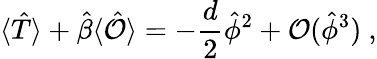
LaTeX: \langle\hat{T}\rangle+\hat{\beta}\langle\hat{\mathcal{O}}\rangle=-\frac{d}2\hat{\phi}^{2}+\mathcal{O}(\hat{\phi}^{3})~,